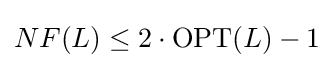
NF(L)\leq 2\cdot \mathrm {OPT} (L)-1